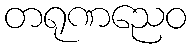
တရုဏညေဝ